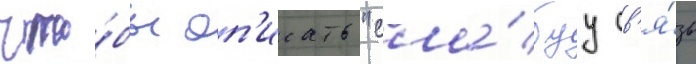
что́бы оп'исать "сла́буу св'я́зь